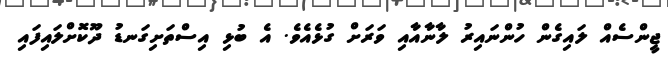
ޖީންސެއް ލައިގެން ހުންނައިރު ލާނާއާއި ވަރަށް ގުޅެއެވެ. އެ ބުޅި އިސްތަށިގަނޑު ދޫކޮށްލައިފައި